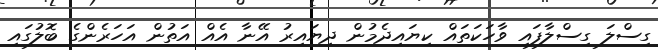
ގިސްލަ ގިސްލާފައި ވާހަކަތައް ކިޔައިދެމުން ދިޔައިރު އޭނާ އެއް އަތުން އަހަރެންގެ ބޮލުގައި